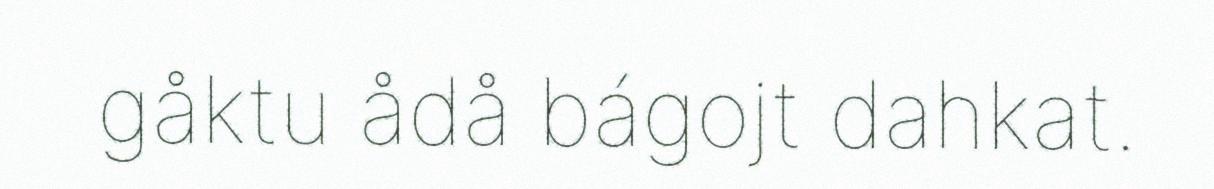
gåktu ådå bágojt dahkat.